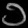
Digit: ၁